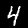
Label: 4